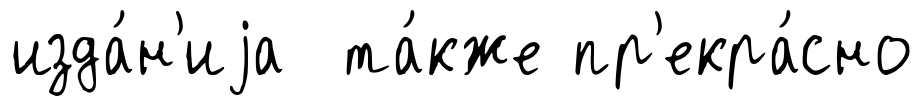
изда́н'иjа та́кже пр'екра́сно